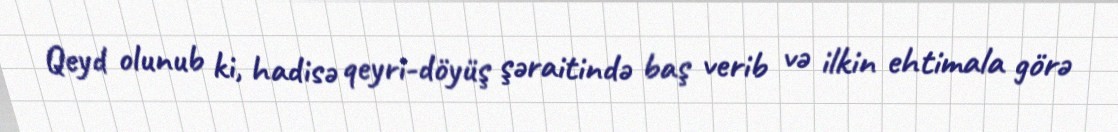
Qeyd olunub ki, hadisə qeyri-döyüş şəraitində baş verib və ilkin ehtimala görə